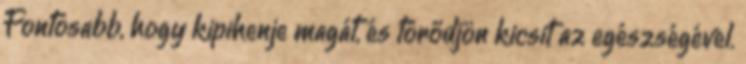
Fontosabb, hogy kipihenje magát, és törődjön kicsit az egészségével.